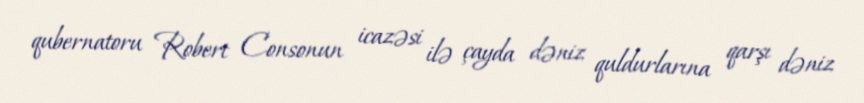
qubernatoru Robert Consonun icazəsi ilə çayda dəniz quldurlarına qarşı dəniz